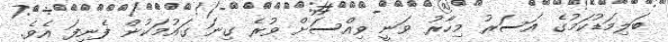
ބަލިމަޑުކަމުގެ އަސަރު މިހާރު ވަނީ ވިއްސަށް ވުރެ ގިނަ ގައުމަކުން ފެނިފަ އެވެ.